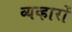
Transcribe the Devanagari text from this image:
व्यव्हारों